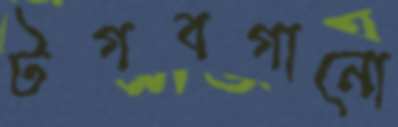
টগবগানো